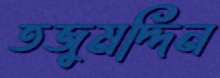
তজুমদ্দিন